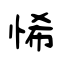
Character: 悕